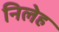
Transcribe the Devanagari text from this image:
निलेह